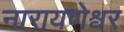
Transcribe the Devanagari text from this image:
नारायणेश्वर